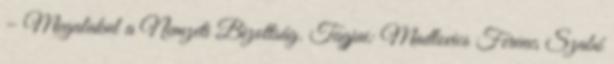
– Megalakul a Nemzeti Bizottság. Tagjai: Madlovics Ferenc, Szabó